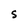
Character: S